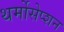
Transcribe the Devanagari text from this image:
थर्मोसेप्शन